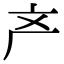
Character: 产